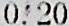
0.20